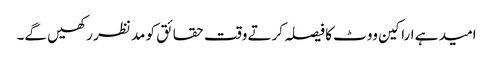
امید ہے اراکین ووٹ کا فیصلہ کرتے وقت حقائق کو مد نظر رکھیں گے۔